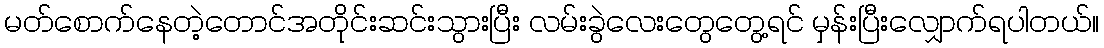
မတ်စောက်နေတဲ့တောင်အတိုင်းဆင်းသွားပြီး လမ်းခွဲလေးတွေတွေ့ရင် မှန်းပြီးလျှောက်ရပါတယ်။